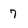
Character: 7